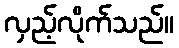
လှည့်လိုက်သည်။